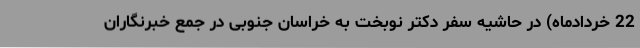
22 خردادماه) در حاشیه سفر دکتر نوبخت به خراسان جنوبی در جمع خبرنگاران